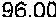
96.00